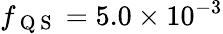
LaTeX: f_{\mathrm{~Q~S~}}=5.0\times 10^{-3}